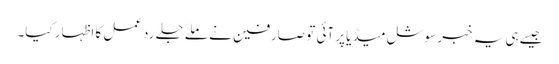
جیسےہی یہ خبر سوشل میڈیا پر آئی تو صارفین نے ملے جلے ردعمل کا اظہار کیا۔